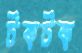
টকটক